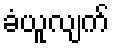
ခံယူလျက်